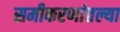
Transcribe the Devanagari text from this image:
समीकरणांतल्या